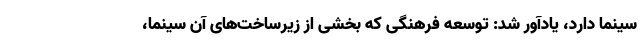
سینما دارد، یادآور شد: توسعه فرهنگی که بخشی از زیرساخت‌های آن سینما،